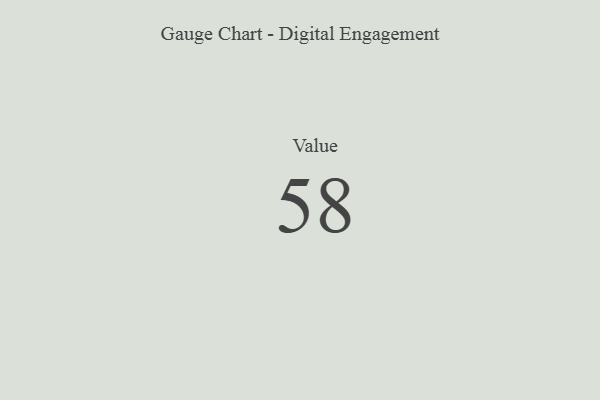
{"axis": {"x": "Metric", "y": "Value"}, "legend": [""], "data": [{"x": "Value", "y": 58, "type": ""}]}